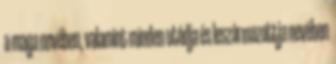
a maga nevében, valamint minden utódja és leszármazottja nevében